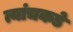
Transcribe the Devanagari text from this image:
त्यांचकडे